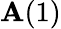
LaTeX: \mathbf{A}(1)